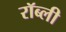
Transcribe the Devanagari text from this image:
रॉब्ली